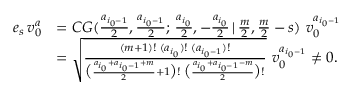
\begin{array} { r l } { e _ { s } \, v _ { 0 } ^ { a } } & { = C G ( \frac { a _ { i _ { 0 } - 1 } } { 2 } , \frac { a _ { i _ { 0 } - 1 } } { 2 } ; \, \frac { a _ { i _ { 0 } } } { 2 } , - \frac { a _ { i _ { 0 } } } { 2 } \, | \, \frac { m } { 2 } , \frac { m } { 2 } - s ) \, \, v _ { 0 } ^ { a _ { i _ { 0 } - 1 } } } \\ & { = \sqrt { \frac { ( m + 1 ) ! \; ( a _ { i _ { 0 } } ) ! \; ( a _ { i _ { 0 } - 1 } ) ! } { \big ( \frac { a _ { i _ { 0 } } + a _ { i _ { 0 } - 1 } + m } { 2 } + 1 \big ) ! \; \big ( \frac { a _ { i _ { 0 } } + a _ { i _ { 0 } - 1 } - m } { 2 } \big ) ! } } \, \, v _ { 0 } ^ { a _ { i _ { 0 } - 1 } } \ne 0 . } \end{array}